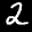
Label: 2